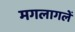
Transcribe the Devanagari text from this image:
मगलागलें